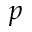
p